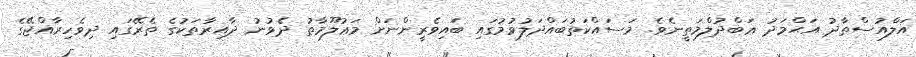
އަލްއުސްތާޛު އަޙްމަދު ޢަބްދުލްމަތީނެވެ. މަސައްކަތުބައްދަލުވުމުގައި ބައިވެރީންނަށް މަޢުލޫމާތު ދެވުނު ދާއިރާތަކުގެ ތެރޭގައި ދިވެހިރާއްޖޭގެ